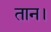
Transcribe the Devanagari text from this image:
तान।